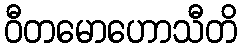
ဝီတမောဟောသီတိ